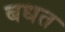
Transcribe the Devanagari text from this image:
बधत